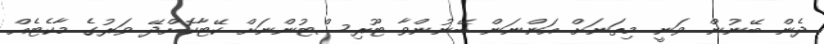
ދެން ބޭނުން ވަނީ މިތަނަށް އަންނަން ބޭނުންވާ ޓޫރިސްޓުންނަށް ކޭޓާކޮށްދޭ ވަރުގެ މާކެޓެއް